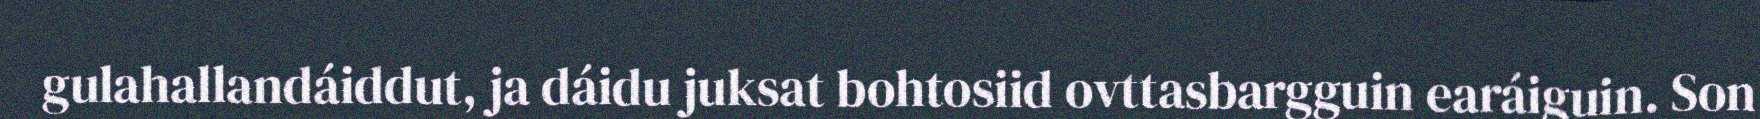
gulahallandáiddut, ja dáidu juksat bohtosiid ovttasbargguin earáiguin. Son